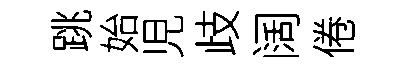
跳始児歧阔倦